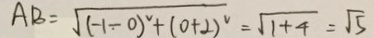
A B = \sqrt { ( - 1 - 0 ) ^ { 2 } + ( 0 + 2 ) ^ { 2 } } = \sqrt { 1 + 4 } = \sqrt { 5 }